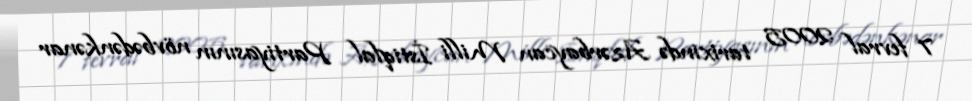
7 fevral 2005 tarixində Azərbaycan Milli İstiqlal Partiyasının növbədənkənar